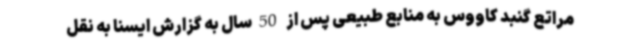
مراتع گنبد کاووس به منابع طبیعی پس از  50 سال به گزارش ایسنا به نقل